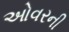
ઓવરની